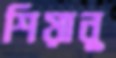
শিয়ানু